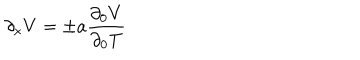
\partial _ { x } V = \pm a { \frac { \partial _ { 0 } V } { \partial _ { 0 } T } }